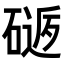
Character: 𥕈